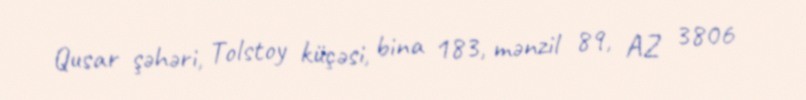
Qusar şəhəri, Tolstoy küçəsi, bina 183, mənzil 89, AZ 3806